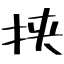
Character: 挟